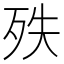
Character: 𣧞